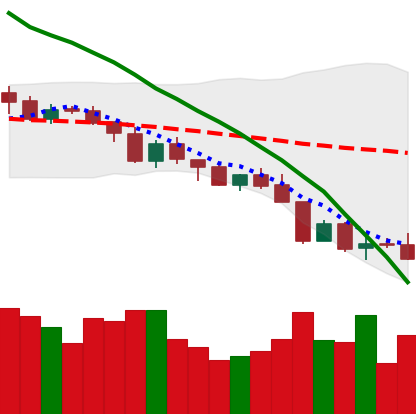
Ticker: XMR-USD
Chart end date: 2018-08-13
Forward return: 11.252%
Label: up_7plus